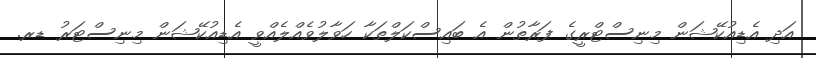
އަދި އެޑިއުކޭޝަން މިނިސްޓްރީގެ ފަރާތުން އެ ބައިސްކަލްތަކާ ހަވާލުވެއްލެއްވީ އެޑިއުކޭޝަން މިނިސްޓަރު ޑރ.